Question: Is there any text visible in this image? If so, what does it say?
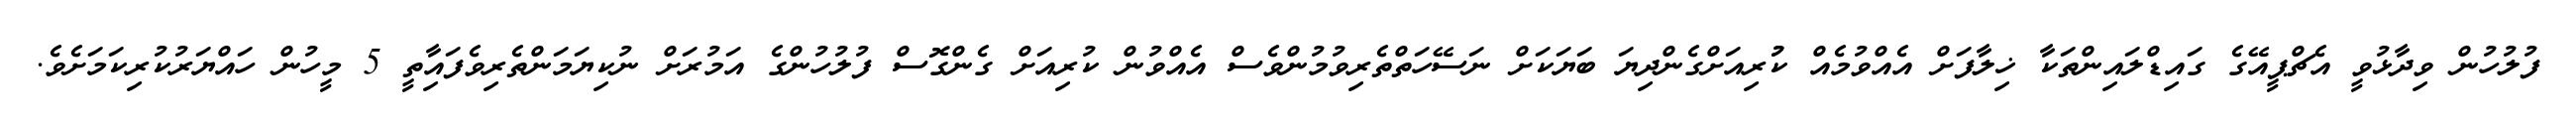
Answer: ފުލުހުން ވިދާޅުވީ އެޗްޕީއޭގެ ގައިޑްލައިންތަކާ ޚިލާފަށް އެއްވުމެއް ކުުރިއަށްގެންދިޔަ ބަޔަކަށް ނަސޭހަތްތެރިވުމުންވެސް އެއްވުން ކުރިއަށް ގެންގޮސް ފުލުހުންގެ އަމުރަށް ނުކިޔަމަންތެރިވެފައިާތީ 5 މީހުން ހައްޔަރުކުރިކަމަށެވެ.